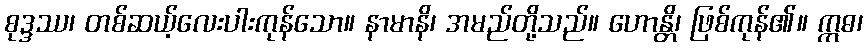
စုဒ္ဒဿ၊ တစ်ဆယ့်လေးပါးကုန်သော။ နာမာနိ၊ အမည်တို့သည်။ ဟောန္တိ၊ ဖြစ်ကုန်၏။ ဣဓ၊